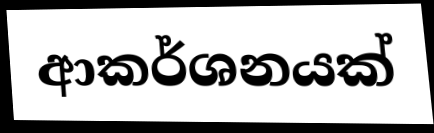
ආකර්ශනයක්